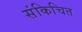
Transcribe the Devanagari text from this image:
संकिचित